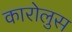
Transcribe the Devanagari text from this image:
कारोलुस